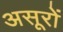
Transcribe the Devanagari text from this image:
असूरों